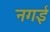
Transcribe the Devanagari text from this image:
नगई